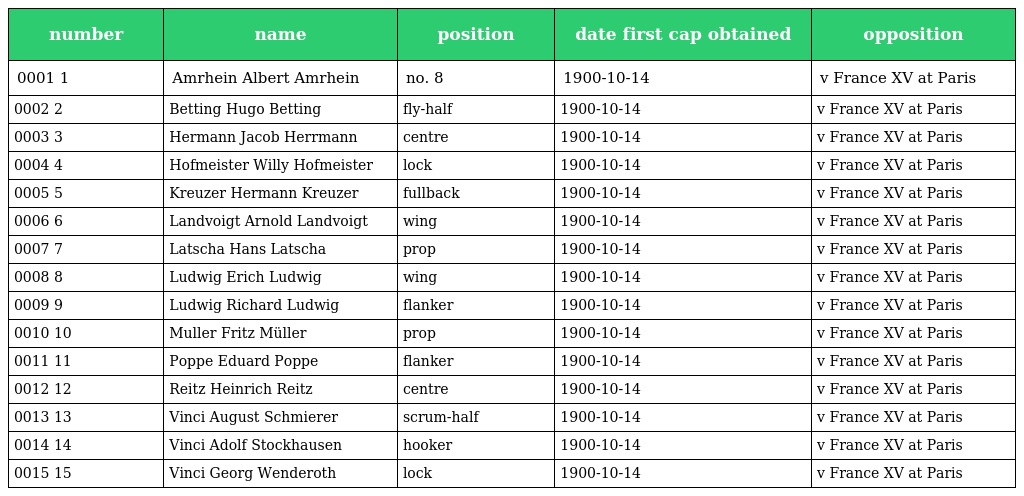
| number | name | position | date first cap obtained | opposition |
 | --- | --- | --- | --- | --- |
 | 0001 1 | Amrhein Albert Amrhein | no. 8 | 1900-10-14 | v France XV at Paris |
 | 0002 2 | Betting Hugo Betting | fly-half | 1900-10-14 | v France XV at Paris |
 | 0003 3 | Hermann Jacob Herrmann | centre | 1900-10-14 | v France XV at Paris |
 | 0004 4 | Hofmeister Willy Hofmeister | lock | 1900-10-14 | v France XV at Paris |
 | 0005 5 | Kreuzer Hermann Kreuzer | fullback | 1900-10-14 | v France XV at Paris |
 | 0006 6 | Landvoigt Arnold Landvoigt | wing | 1900-10-14 | v France XV at Paris |
 | 0007 7 | Latscha Hans Latscha | prop | 1900-10-14 | v France XV at Paris |
 | 0008 8 | Ludwig Erich Ludwig | wing | 1900-10-14 | v France XV at Paris |
 | 0009 9 | Ludwig Richard Ludwig | flanker | 1900-10-14 | v France XV at Paris |
 | 0010 10 | Muller Fritz Müller | prop | 1900-10-14 | v France XV at Paris |
 | 0011 11 | Poppe Eduard Poppe | flanker | 1900-10-14 | v France XV at Paris |
 | 0012 12 | Reitz Heinrich Reitz | centre | 1900-10-14 | v France XV at Paris |
 | 0013 13 | Vinci August Schmierer | scrum-half | 1900-10-14 | v France XV at Paris |
 | 0014 14 | Vinci Adolf Stockhausen | hooker | 1900-10-14 | v France XV at Paris |
 | 0015 15 | Vinci Georg Wenderoth | lock | 1900-10-14 | v France XV at Paris |